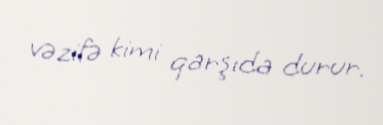
vəzifə kimi qarşıda durur.